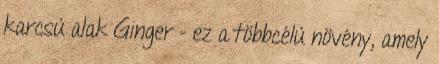
karcsú alak Ginger - ez a többcélú növény, amely